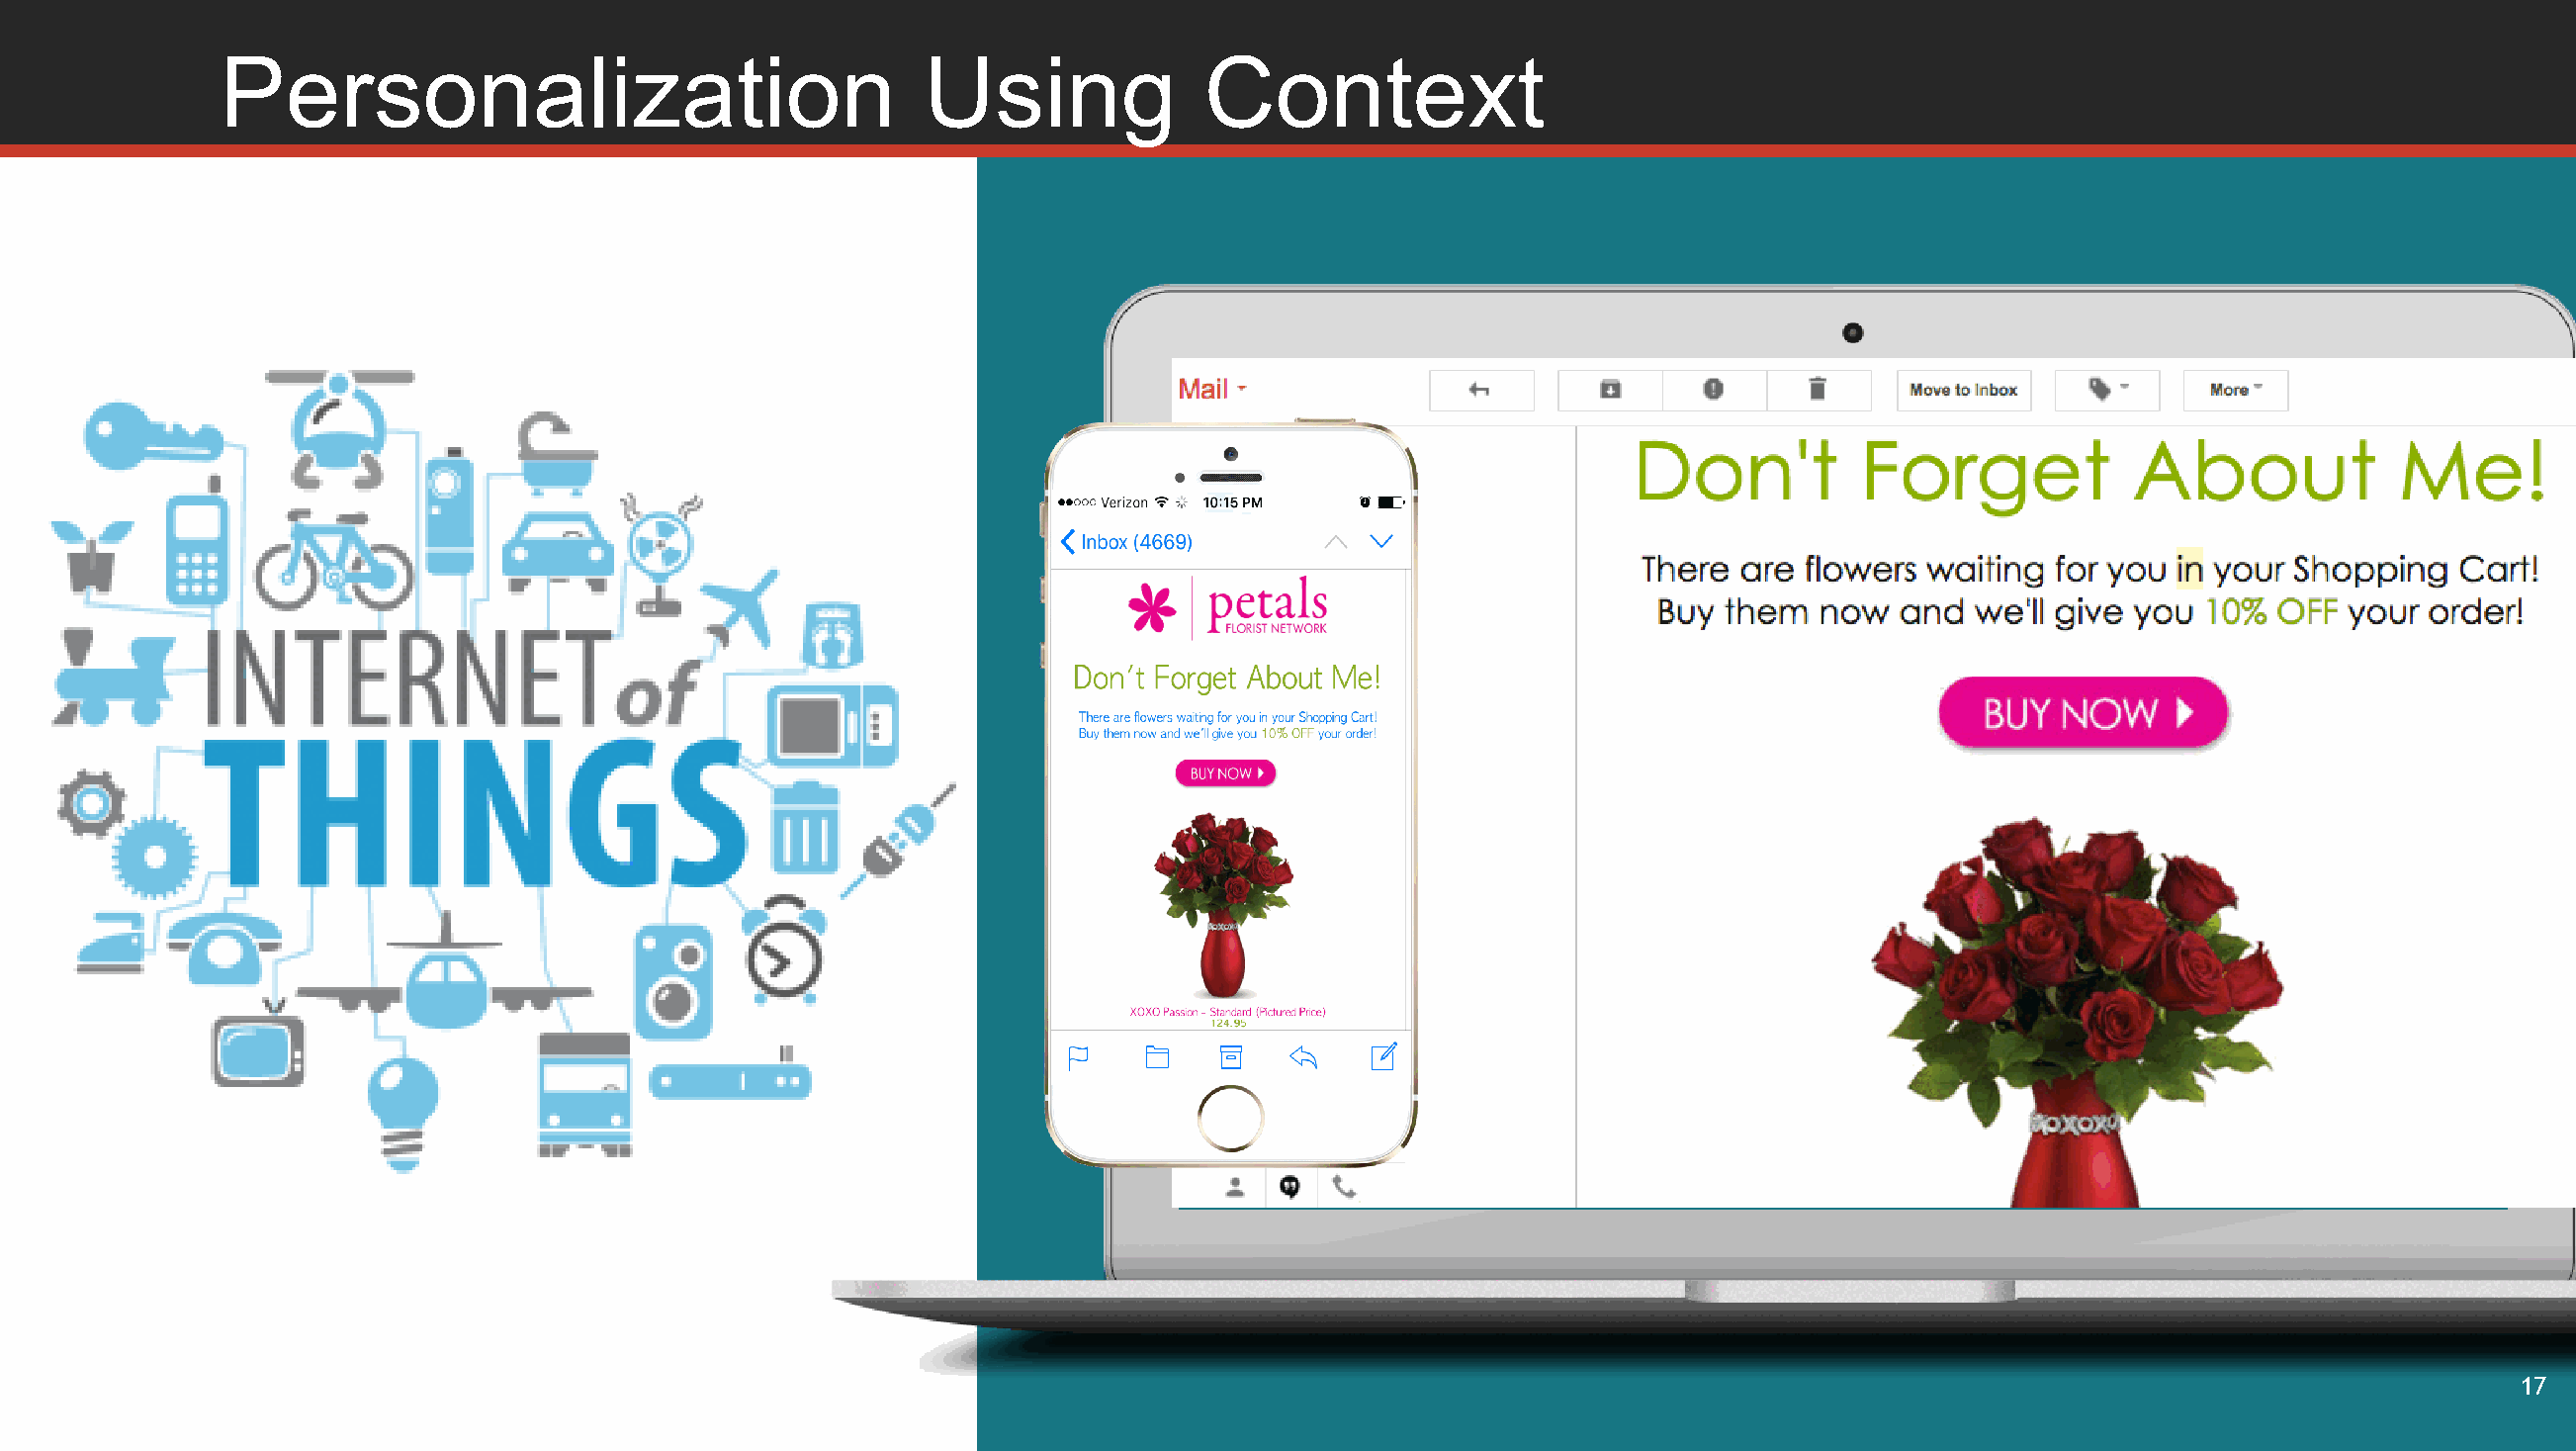
Personalization                                Using              Context
 17